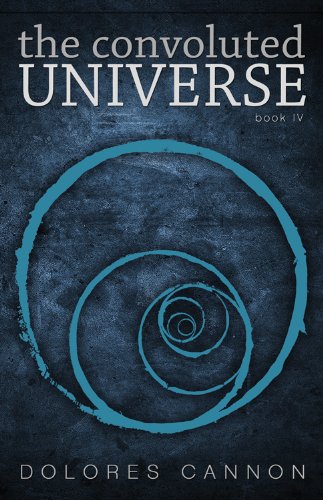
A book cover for The Convoluted Universe Book IV; Dolores Cannon; Science & Math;